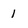
Character: 1